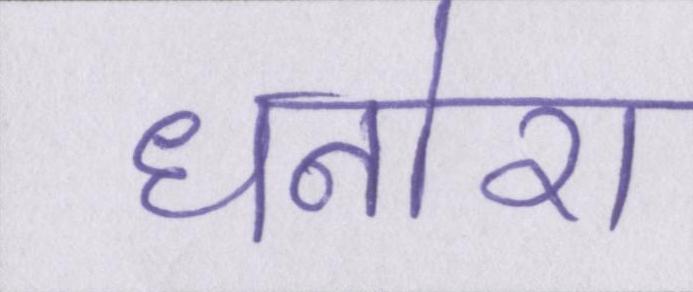
धनोरा